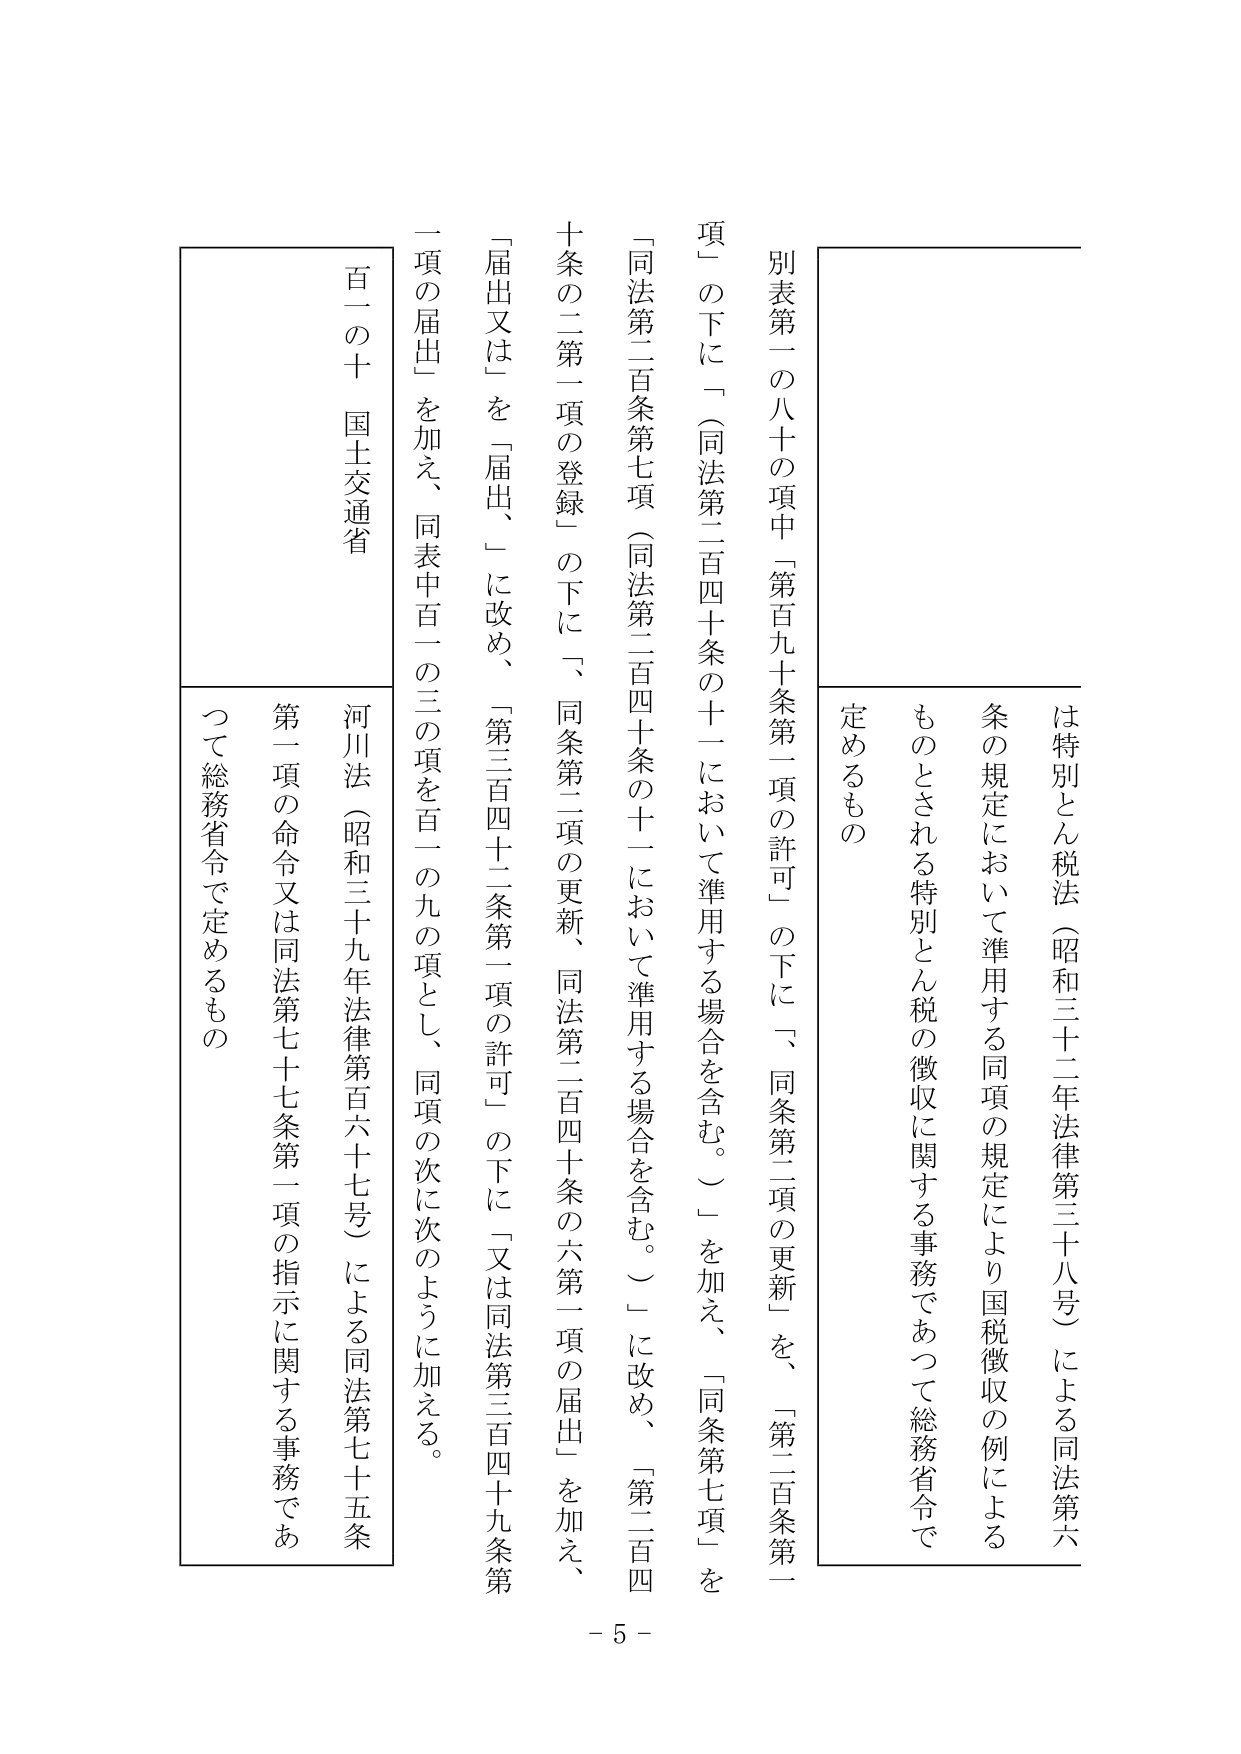
は特別とん税法（昭和三十二年法律第三十八号）による同法第六条の規定において準用する同項の規定により国税徴収の例によるものとされる特別とん税の徴収に関する事務であつて総務省令で定めるもの

別表第一の八十の項中「第百九十条第一項の許可」の下に、「同条第二項の更新」を、「第二百条第一項」の下に「（同法第二百四十条の十一において準用する場合を含む。）」を加え、「同条第七項」を「同法第二百条第七項（同法第二百四十条の十一において準用する場合を含む。）」に改め、「第二百四十条の二第一項の登録」の下に「、同条第二項の更新、同法第二百四十条の六第一項の届出」を加え、「届出又は」を「届出、」に改め、「第三百四十二条第一項の許可」の下に「又は同法第三百四十九条第一項の届出」を加え、同表中百一の三の項を百一の九の項とし、同項の次に次のように加える。

百一の十 国土交通省
河川法（昭和三十九年法律第百六十七号）による同法第七十五条第一項の命令又は同法第七十七条第一項の指示に関する事務であつて総務省令で定めるもの

- 5 -